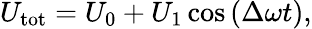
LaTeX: U_{\mathrm{tot}}=U_{0}+U_{1}\cos{(\Delta\omega t)},